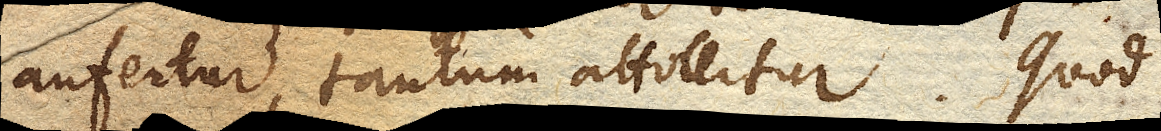
aufertur, tantum attollitur. Quod